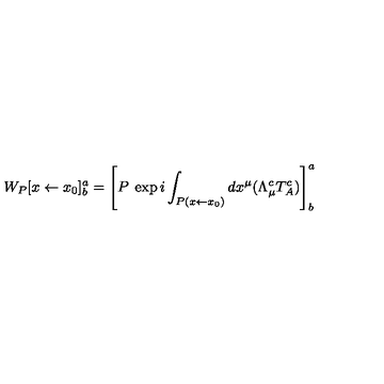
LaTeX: W _ { P } [ x \leftarrow x _ { 0 } ] _ { b } ^ { a } = \left[ P \: \exp i \int _ { P ( x \leftarrow x _ { 0 } ) } d x ^ { \mu } ( \Lambda _ { \mu } ^ { c } T _ { A } ^ { c } ) \right] _ { b } ^ { a }